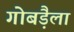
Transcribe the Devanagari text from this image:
गोबड़ैला